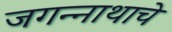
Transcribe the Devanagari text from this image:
जगन्‍नाथाचे